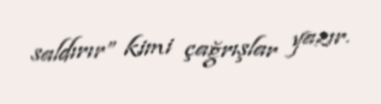
saldırır” kimi çağrışlar yazır.